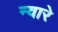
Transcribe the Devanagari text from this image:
न्वारे